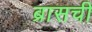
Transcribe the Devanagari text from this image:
ब्रासची